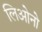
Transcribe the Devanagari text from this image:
लिओनो